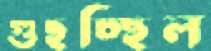
গুছচ্ছিল